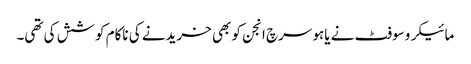
مائیکروسوفٹ نے یاہو سرچ انجن کو بھی خریدنے کی ناکام کوشش کی تھی۔